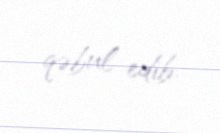
qəbul edib.